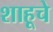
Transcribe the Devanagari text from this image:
शाहूचे